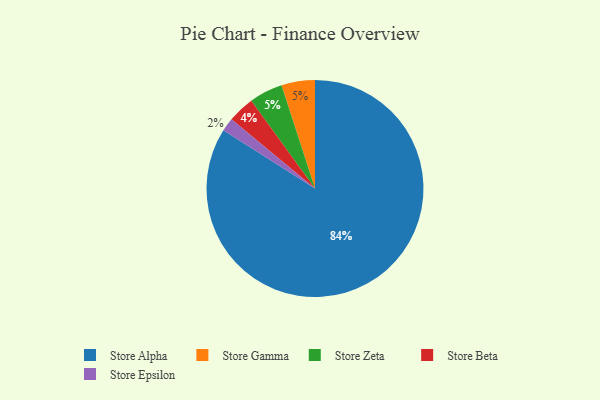
{"axis": {"x": "Category", "y": "Percentage"}, "legend": ["Store Alpha", "Store Beta", "Store Epsilon", "Store Gamma", "Store Zeta"], "data": [{"x": "Store Gamma", "y": 5, "type": "Store Gamma"}, {"x": "Store Epsilon", "y": 2, "type": "Store Epsilon"}, {"x": "Store Beta", "y": 4, "type": "Store Beta"}, {"x": "Store Alpha", "y": 84, "type": "Store Alpha"}, {"x": "Store Zeta", "y": 5, "type": "Store Zeta"}]}